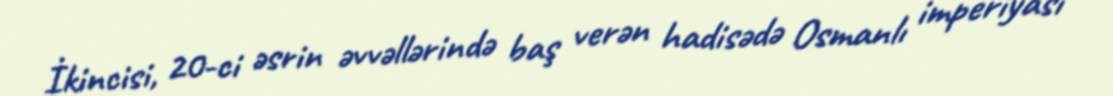
İkincisi, 20-ci əsrin əvvəllərində baş verən hadisədə Osmanlı imperiyası